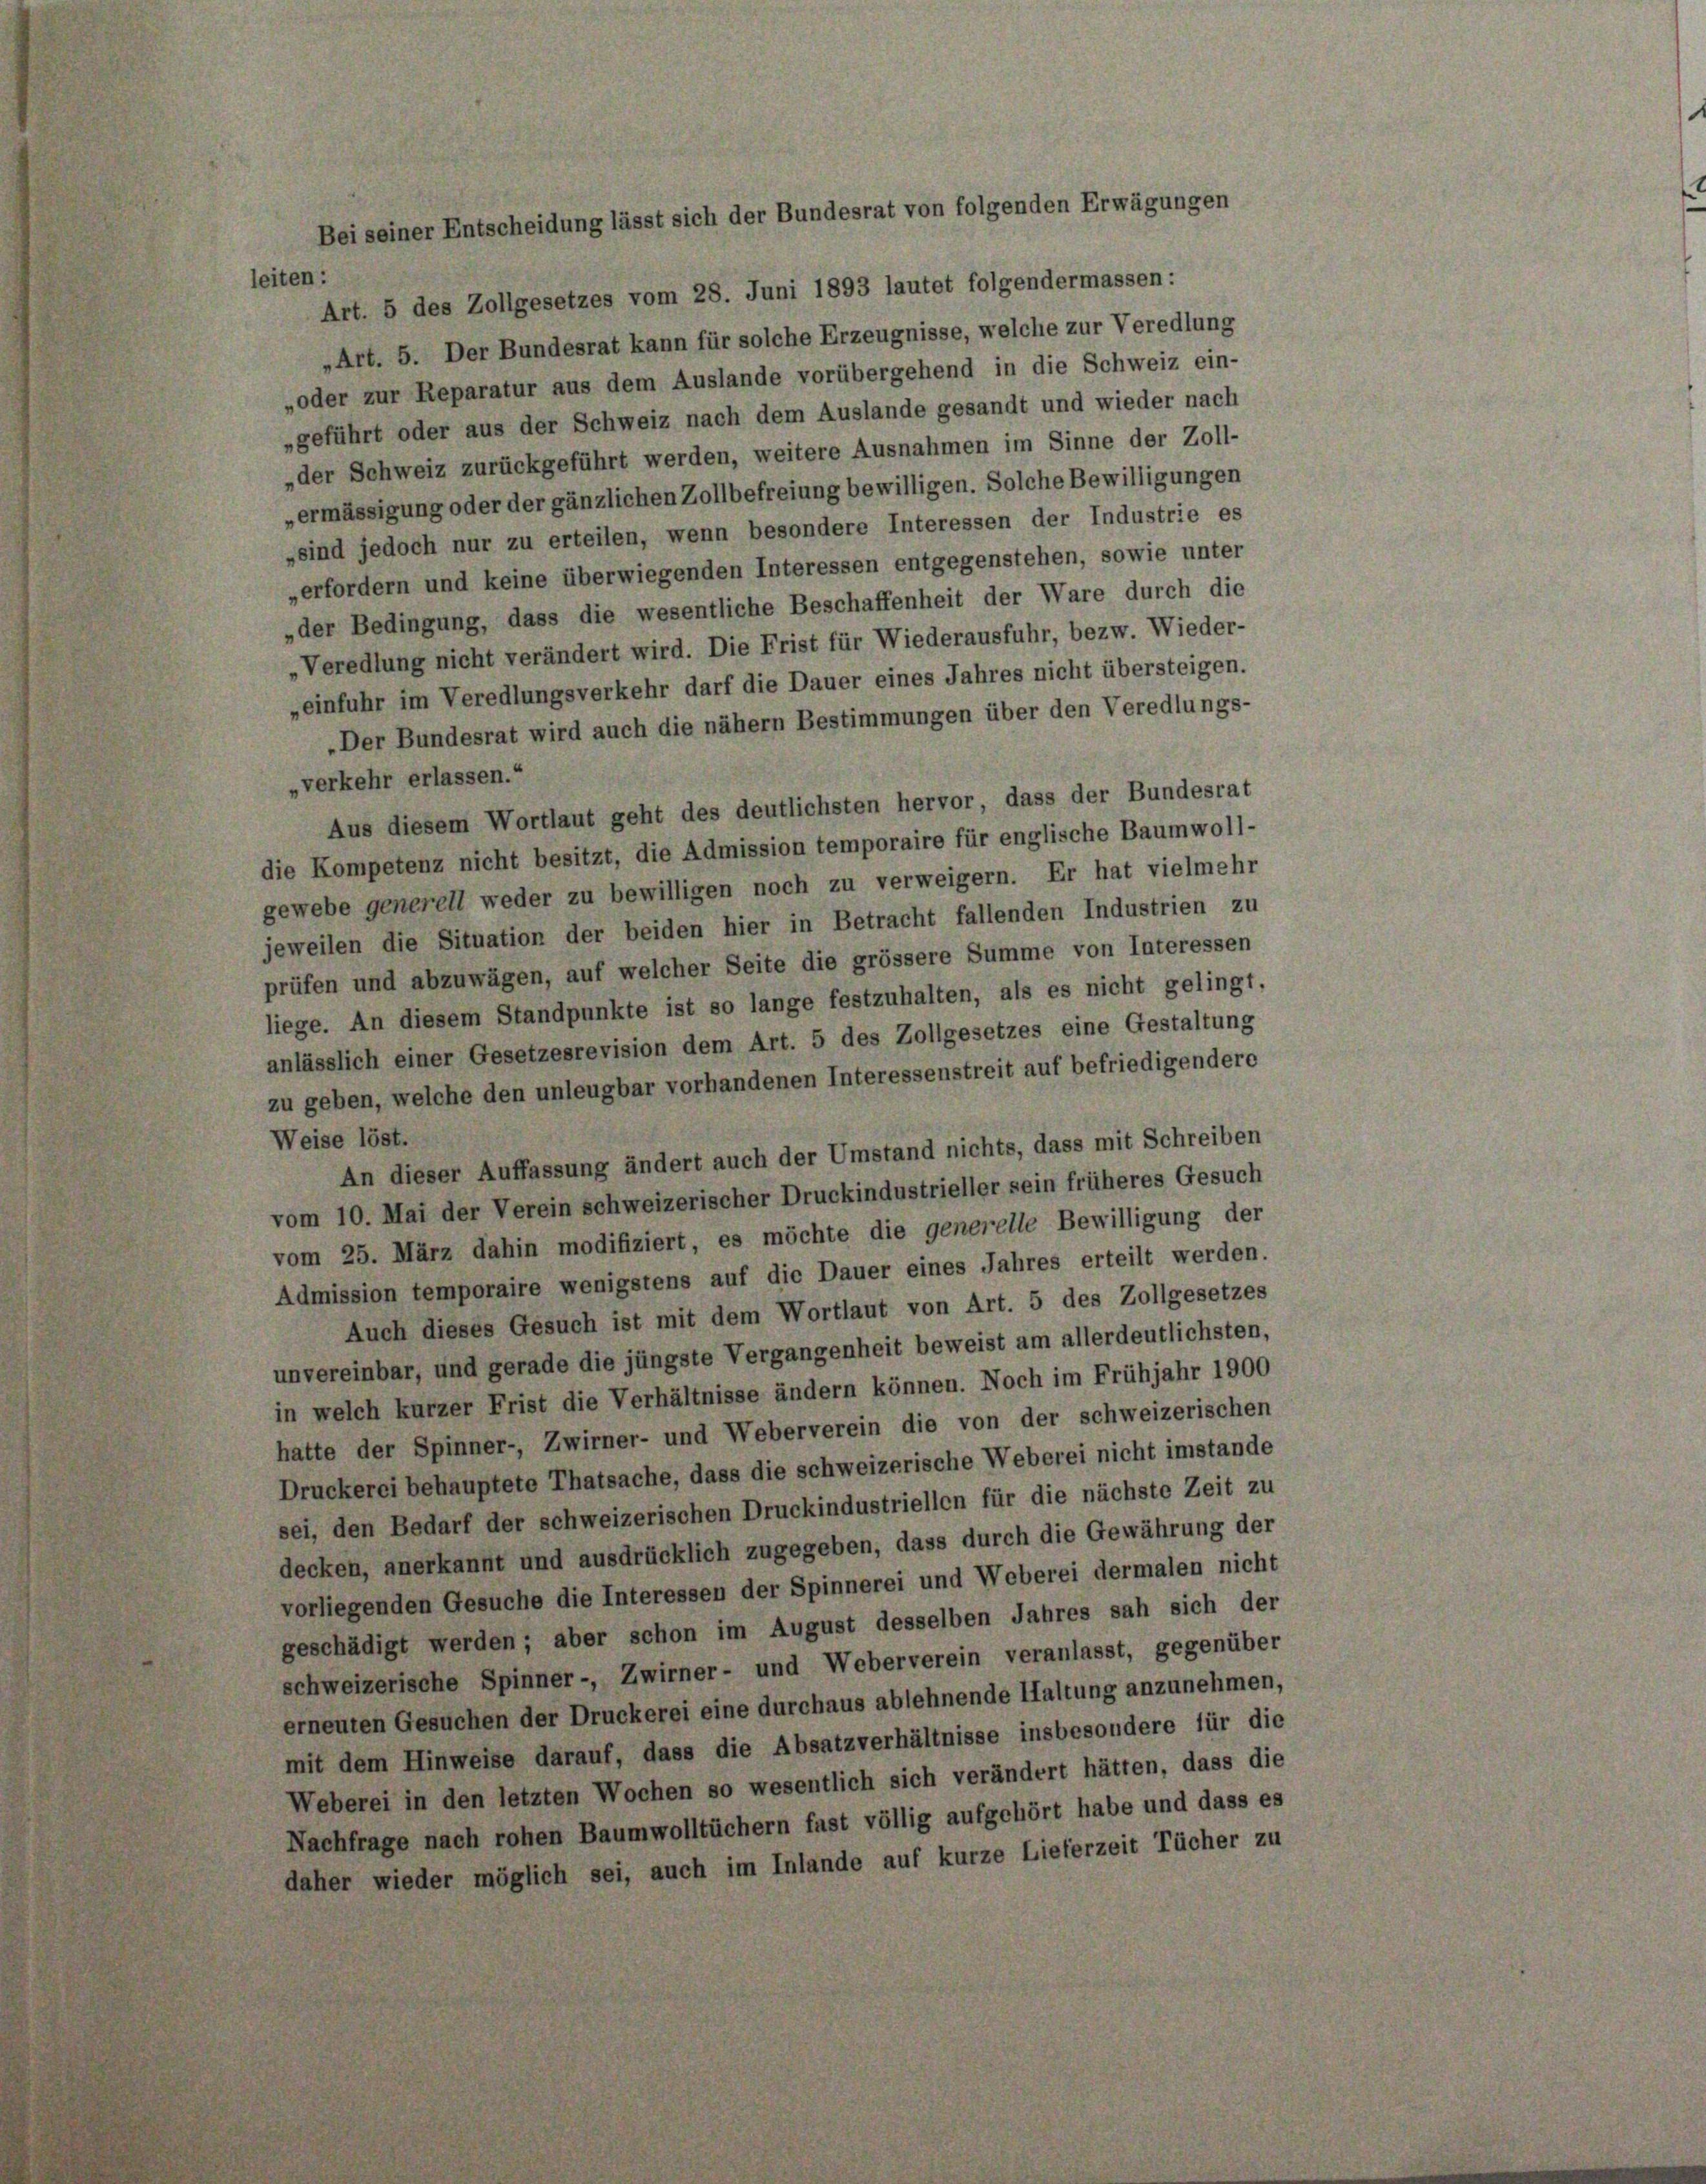
iner Entscheidung lässt sich der Bundesrat von folgenden Erwägungen

leiten:
Art. 5 des Zollgesetzes vom 28. Juni 1893 lautet folgendermassen:
„Art. 5. Der Bundesrat kann für solche Erzeugnisse, welche zur Veredlung
„oder zur Reparatur aus dem Auslande vorübergehend in die Schweiz ein-
„geführt oder aus der Schweiz nach dem Auslande gesandt und wieder nach
„der Schweiz zurückgeführt werden, weitere Ausnahmen im Sinne der Zoll-
„ermässigung oder der gänzlichen Zollbefreiung bewilligen. Solche Bewilligungen
sind jedoch nur zu erteilen, wenn besondere Interessen der Industrie es
„erfordern und keine überwiegenden Interessen entgegenstehen, sowie unter
„der Bedingung, dass die wesentliche Beschaffenheit der Ware durch die
„Veredlung nicht verändert wird. Die Frist für Wiederausfuhr, bezw. Wieder-
„einfuhr im Veredlungsverkehr darf die Dauer eines Jahres nicht übersteigen.
„Der Bundesrat wird auch die nähern Bestimmungen über den Veredlungs-
„verkehr erlassen.“
Aus diesem Wortlaut geht des deutlichsten hervor, dass der Bundesrat
die Kompetenz nicht besitzt, die Admission temporaire für englische Baumwoll-
gewebe generell weder zu bewilligen noch zu verweigern. Er hat vielmehr
jeweilen die Situation der beiden hier in Betracht fallenden Industrien zu
prüfen und abzuwägen, auf welcher Seite die grössere Summe von Interessen
liege. An diesem Standpunkte ist so lange festzuhalten, als es nicht gelingt.
anlässlich einer Gesetzesrevision dem Art. 5 des Zollgesetzes eine Gestaltung
zu geben, welche den unleugbar vorhandenen Interessenstreit auf befriedigendere
Weise löst.
An dieser Auffassung ändert auch der Umstand nichts, dass mit Schreiben
vom 10. Mai der Verein schweizerischer Druckindustrieller sein früheres Gesuch
vom 25. März dahin modifiziert, es möchte die generelle Bewilligung der
Admission temporaire wenigstens auf die Dauer eines Jahres erteilt werden.
Auch dieses Gesuch ist mit dem Wortlaut von Art. 5 des Zollgesetzes
unvereinbar, und gerade die jüngste Vergangenheit beweist am allerdeutlichsten,
in welch kurzer Frist die Verhältnisse ändern können. Noch im Frühjahr 1900
hatte der Spinner-, Zwirner- und Weberverein die von der schweizerischen
Druckerei behauptete Thatsache, dass die schweizerische Weberei nicht imstande
sei, den Bedarf der schweizerischen Druckindustriellen für die nächste Zeit zu
decken, anerkannt und ausdrücklich zugegeben, dass durch die Gewährung der
vorliegenden Gesuche die Interessen der Spinnerei und Weberei dermalen nicht
geschädigt werden; aber schon im August desselben Jahres sah sich der
schweizerische Spinner-, Zwirner- und Weberverein veranlasst, gegenüber
erneuten Gesuchen der Druckerei eine durchaus ablehnende Haltung anzunehmen,
mit dem Hinweise darauf, dass die Absatzverhältnisse insbesondere für die
Weberei in den letzten Wochen so wesentlich sich verändert hätten, dass die
Nachfrage nach rohen Baumwolltüchern fast völlig aufgehört habe und dass es
daher wieder möglich sei, auch im Inlande auf kurze Lieferzeit Tücher zu